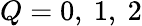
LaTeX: Q=0,\ 1,\ 2